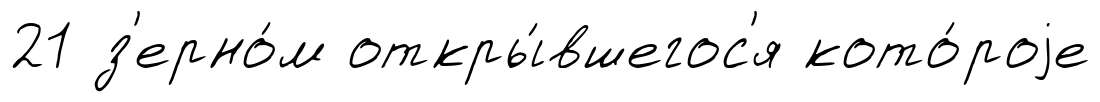
21 з'ерно́м откры́вшегос'я кото́роjе